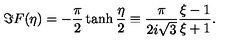
\Im F ( \eta ) = - \frac { \pi } { 2 } \tanh \frac { \eta } { 2 } \equiv \frac { \pi } { 2 i \sqrt { 3 } } \frac { \xi - 1 } { \xi + 1 } .